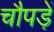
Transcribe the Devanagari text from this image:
चौपड़ें